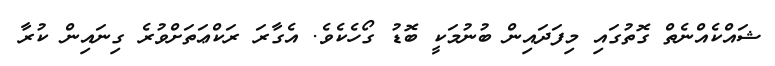
ޝައްކެއްނެތް ގޮތުގައި މިފަދައިން ބުނުމަކީ ބޮޑު ގޯހެކެވެ. އެގާރަ ރަކްޢަތަށްވުރެ ގިނައިން ކުރާ